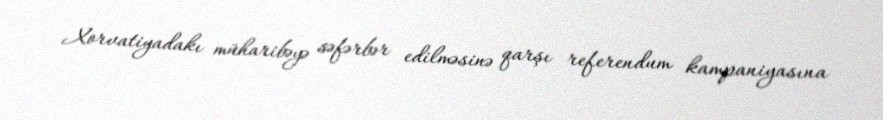
Xorvatiyadakı müharibəyə səfərbər edilməsinə qarşı referendum kampaniyasına